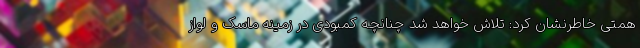
همتی خاطرنشان کرد: تلاش خواهد شد چنانچه کمبودی در زمینه ماسک و لواز